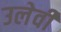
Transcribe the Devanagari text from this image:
उलेवी